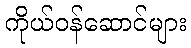
ကိုယ်ဝန်ဆောင်များ